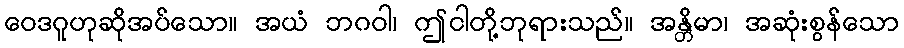
ဝေဒဂူဟုဆိုအပ်သော။ အယံ ဘဂဝါ၊ ဤငါတို့ဘုရားသည်။ အန္တိမာ၊ အဆုံးစွန်သော